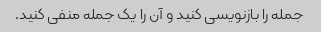
جمله را بازنویسی کنید و آن را یک جمله منفی کنید.